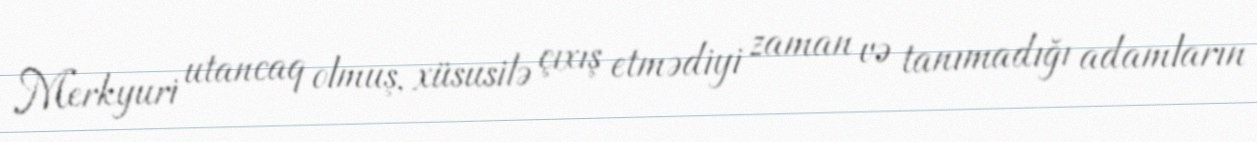
Merkyuri utancaq olmuş, xüsusilə çıxış etmədiyi zaman və tanımadığı adamların